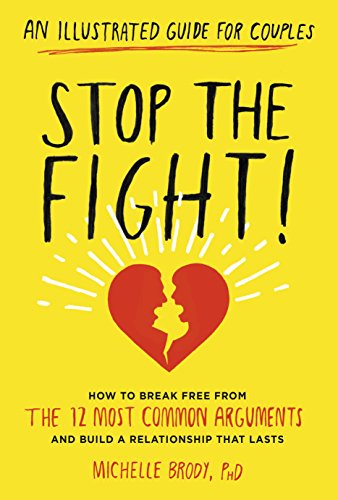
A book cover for Stop the Fight!: An Illustrated Guide for Couples: How to Break Free from the 12 Most Common Arguments and Build a Relationship That Lasts; Michelle Brody PhD; Parenting & Relationships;